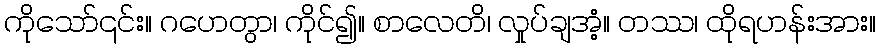
ကိုသော်၎င်း။ ဂဟေတွာ၊ ကိုင်၍။ စာလေတိ၊ လှုပ်ချအံ့။ တဿ၊ ထိုရဟန်းအား။